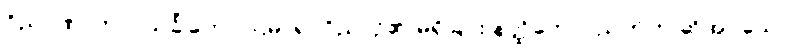
ဝိညာဏာဘာဝသင်္ခါတေ၊ ပဌမာရုပ္ပဝိညာဉ်၏ မရှိခြင်း နတ္ထိဘောပညတ်ဟု ဆိုအပ်သော။